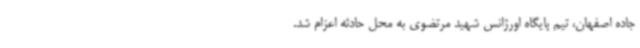
جاده اصفهان، تیم پایگاه اورژانس شهید مرتضوی به محل حادثه اعزام شد.